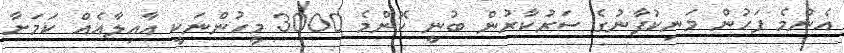
އެންމެ ފަހުން މަނިކުފާނުގެ ސަރުކާރުން ބުނީ ކޮންމެ 3000 މީހުންނަކީ އާއިލާއެއް ކަމަށާ